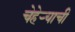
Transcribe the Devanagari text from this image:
चेहेऱ्याची